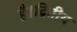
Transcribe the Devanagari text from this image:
है।द्वितीय